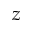
z